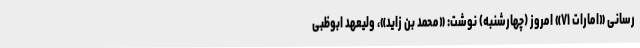
رسانی «امارات ۷۱» امروز (چهارشنبه) نوشت: «محمد بن زاید»، ولیعهد ابوظبی